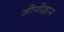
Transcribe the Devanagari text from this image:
जीणोंद्धार